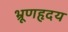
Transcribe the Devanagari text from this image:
भ्रूणहृदय